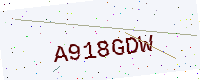
Text: A918GDW